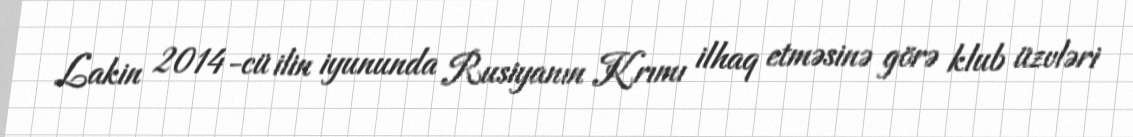
Lakin 2014-cü ilin iyununda Rusiyanın Krımı ilhaq etməsinə görə klub üzvləri